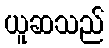
ယူဆသည်